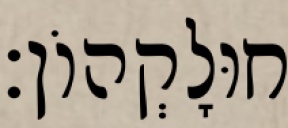
חוּלָקְהוֹן׃